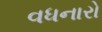
વધનારો